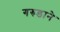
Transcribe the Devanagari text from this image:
गरुडाने